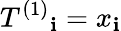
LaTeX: T^{(1)}{_{\mathbf{i}}}=x_{\mathbf{i}}